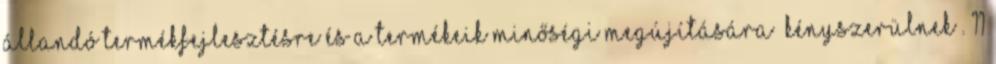
állandó termékfejlesztésre és a termékeik minőségi megújítására „kényszerülnek”. 11